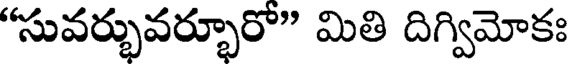
"సువర్భువర్భూరో" మితి దిగ్విమోకః